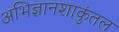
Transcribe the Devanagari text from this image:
अभिज्ञानशाकुंतल